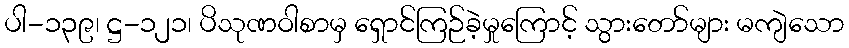
ပါ-၁၃၉၊ ဋ္ဌ-၁၂၁၊ ပိသုဏဝါစာမှ ရှောင်ကြဉ်ခဲ့မှုကြောင့် သွားတော်များ မကျဲသော